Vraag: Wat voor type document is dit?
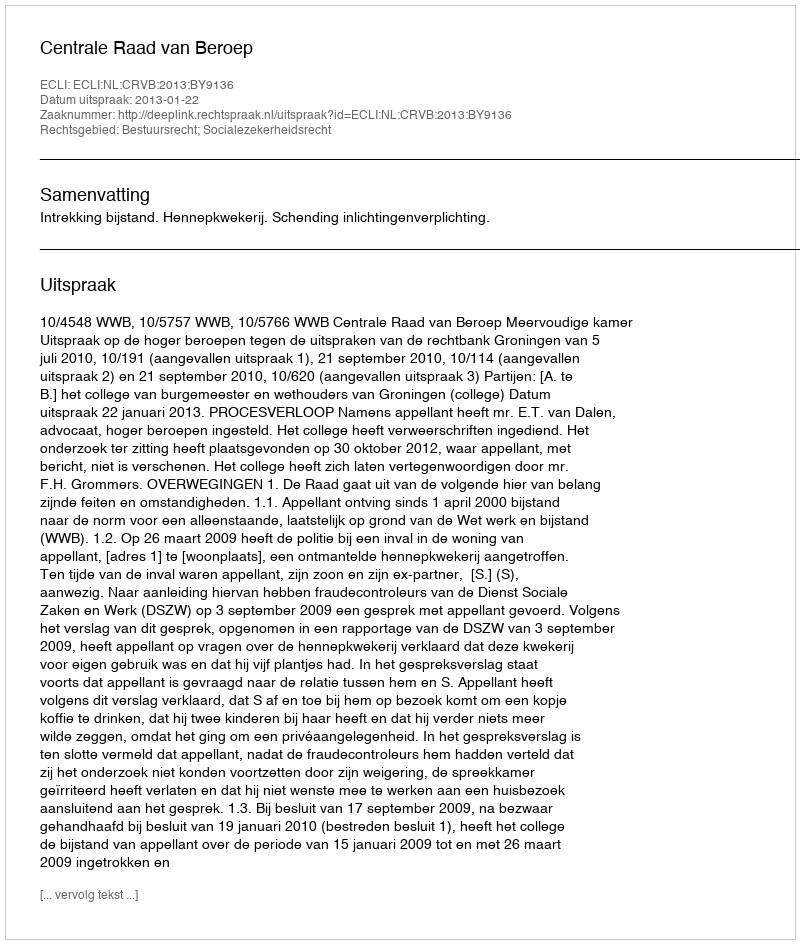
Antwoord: Uitspraak